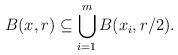
LaTeX: \begin{align*} B(x,r) \subseteq \bigcup_{i=1}^m B(x_i,r/2).\end{align*}